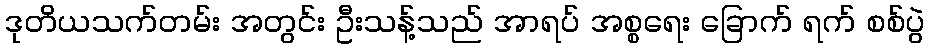
ဒုတိယသက်တမ်း အတွင်း ဦးသန့်သည် အာရပ် အစ္စရေး ခြောက် ရက် စစ်ပွဲ